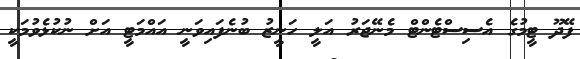
ފޭދޫ ޓީމުގެ އެސިސްޓެންޓް މެނޭޖަރު އަލީ ހަނީޒު ބުނެފައިވަނީ އައްމަޓީ އަށް ނުކުޅެވުމަކީ